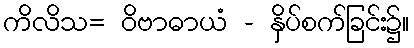
ကိလိသ= ဝိဗာဓာယံ - နှိပ်စက်ခြင်း၌။